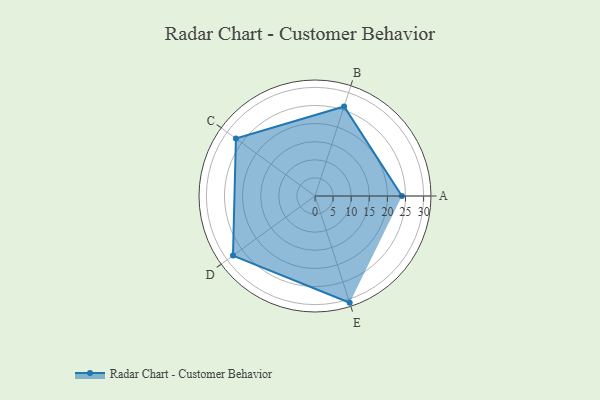
{"axis": {"x": "Skill", "y": "Score"}, "legend": ["Profile"], "data": [{"x": "A", "y": 24.0, "type": "Profile"}, {"x": "B", "y": 26.0, "type": "Profile"}, {"x": "C", "y": 27.0, "type": "Profile"}, {"x": "D", "y": 28.0, "type": "Profile"}, {"x": "E", "y": 31.0, "type": "Profile"}]}